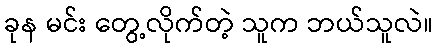
ခုန မင်း တွေ့လိုက်တဲ့ သူက ဘယ်သူလဲ။